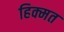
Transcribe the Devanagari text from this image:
हिक्मत